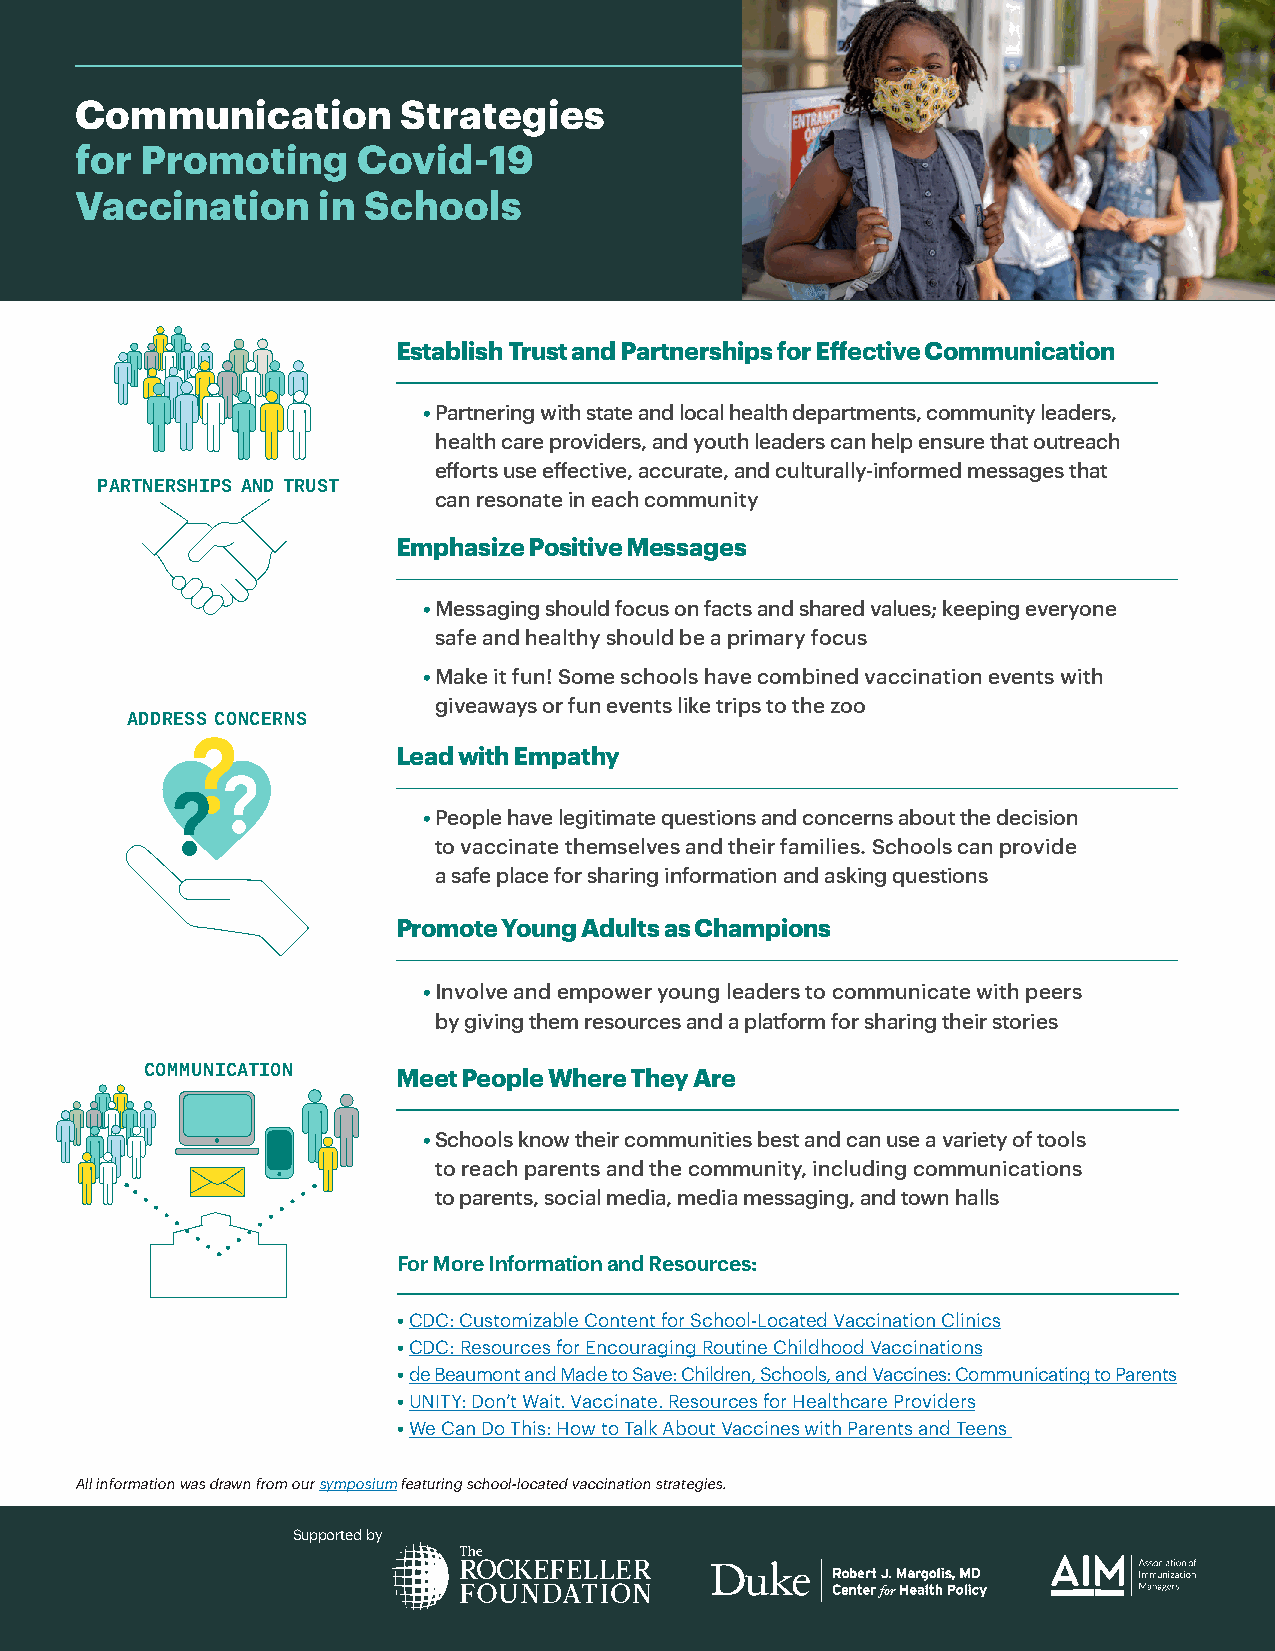
Communication        Strategies
 for Promoting      Covid-19
 Vaccination     in Schools
 Establish Trust and Partnerships for Effective Communication
 • Partnering with state and local health departments, community leaders,
 health care providers, and youth leaders can help ensure that outreach
 efforts use effective, accurate, and culturally-informed messages that
 PARTNERSHIPS AND TRUST
 can resonate in each community
 Emphasize Positive Messages
 • M essaging should focus on facts and shared values; keeping everyone
 safe and healthy should be a primary focus
 • Make it fun! Some schools have combined vaccination events with
 giveaways or fun events like trips to the zoo
 ADDRESS CONCERNS
 Lead with Empathy
 • P eople have legitimate questions and concerns about the decision
 to vaccinate themselves and their families. Schools can provide
 a safe place for sharing information and asking questions
 Promote Young Adults as Champions
 • Involve and empower young leaders to communicate with peers
 by giving them resources and a platform for sharing their stories
 COMMUNICATION   Meet People Where They Are
 • S chools know their communities best and can use a variety of tools
 to reach parents and the community, including communications
 to parents, social media, media messaging, and town halls
 For More Information and Resources:
 • CDC: Customizable Content for School-Located Vaccination Clinics
 • CDC: Resources for Encouraging Routine Childhood Vaccinations
 • de Beaumont and Made to Save: Children, Schools, and Vaccines: Communicating to Parents
 • UNITY: Don’t Wait. Vaccinate. Resources for Healthcare Providers
 • We Can Do This: How to Talk About Vaccines with Parents and Teens
 All information was drawn from our symposium featuring school-located vaccination strategies.
 Supported by